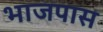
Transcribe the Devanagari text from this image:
भाजपास